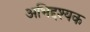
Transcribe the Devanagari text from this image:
अभिद्दश्यक